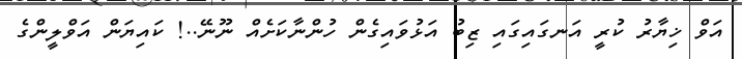
އަވް ޚިޔާރު ކުރީ އަނގައިގައި ޒިބު އަޅުވައިގެން ހުންނާކަށެއް ނޫނޭ..! ކައިޔަން އަވްލީންގެ